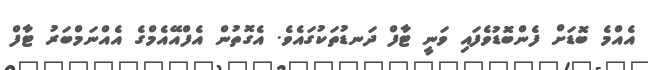
އެއްމެ ބޮޑަށް ފެންބޮޑުވެފައި ވަނީ ޓާފް ދަނޑުތަކުގައެވެ. އެގޮތުން އެފްއޭއެމްގެ އެއްނަމްބަރު ޓާފް